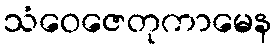
သံဝေဇေတုကာမေန